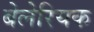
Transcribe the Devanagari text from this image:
बेलेरियक